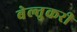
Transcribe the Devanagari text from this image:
बेल्तुकरी